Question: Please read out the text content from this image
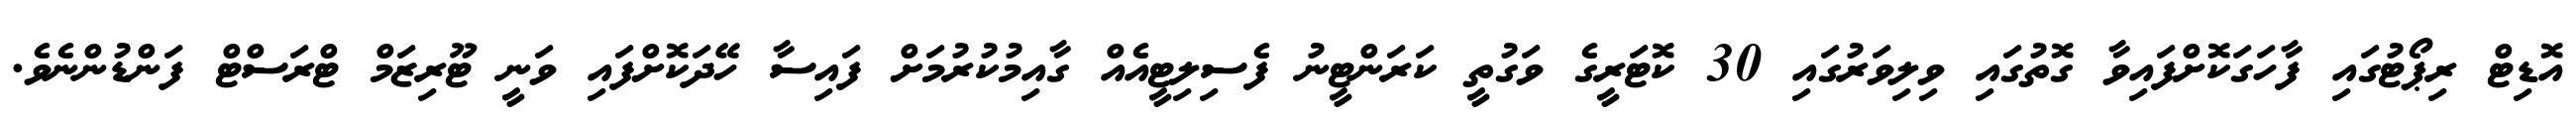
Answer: އޮޑިޓް ރިޕޯޓުގައި ފާހަގަކޮށްފައިވާ ގޮތުގައި ވިލިވަރުގައި 30 ކޮޓަރީގެ ވަގުތީ ކަރަންޓީނު ފެސިލިޓީއެއް ގާއިމުކުރުމަށް ފައިސާ ހޭދަކޮށްފައި ވަނީ ޓޫރިޒަމް ޓްރަސްޓް ފަންޑުންނެވެ.